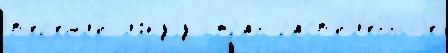
п'ер'ешл'и́ л'́гкуjу стран расп'и́л'енныjе